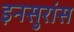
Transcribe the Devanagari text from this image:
इनसुरांस